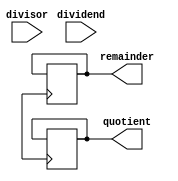
module NonRestoringDivider(
  input wire [15:0] dividend,
  input wire [15:0] divisor,
  output reg [15:0] quotient,
  output reg [15:0] remainder
);

reg [15:0] dividend_reg;
reg [15:0] divisor_reg;
reg [15:0] quotient_reg;
reg [15:0] remainder_reg;
reg [1:0] count;

always @(posedge clock) begin
  if (count == 0) begin
    dividend_reg <= dividend;
    divisor_reg <= divisor;
    quotient_reg <= 16'b0;
    remainder_reg <= 16'b0;
  end else begin
    if (dividend_reg >= 0) begin
      dividend_reg <= dividend_reg + divisor_reg;
      quotient_reg <= quotient_reg << 1;
    end else begin
      dividend_reg <= dividend_reg - divisor_reg;
      quotient_reg <= {quotient_reg, 1'b1};
    end
    divisor_reg <= divisor_reg >> 1;
  end

  if (dividend_reg < 0) begin
    remainder_reg <= dividend_reg + divisor_reg;
  end else begin
    remainder_reg <= dividend_reg;
  end

  if (count == 15) begin
    quotient <= quotient_reg;
    remainder <= remainder_reg;
  end

  count <= count + 1;
end

endmodule